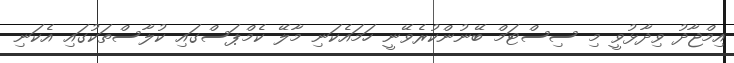
އިމްޖާދު ވިދާޅުވީ މި ސިސްޓަމް ބޭނުންކުރެވޭނީ ހަމައެކަނި މާލޭ ކެމްޕަސްގައި ކުލާސްތަކުގައި އެކަނި